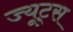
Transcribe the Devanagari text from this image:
ज्यूट्स